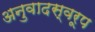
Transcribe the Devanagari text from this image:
अनुवादस्वरूप